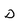
Character: D